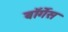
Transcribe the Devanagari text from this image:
बॉर्गेस